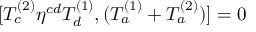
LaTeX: [ T _ { c } ^ { ( 2 ) } \eta ^ { c d } T _ { d } ^ { ( 1 ) } , ( T _ { a } ^ { ( 1 ) } + T _ { a } ^ { ( 2 ) } ) ] = 0